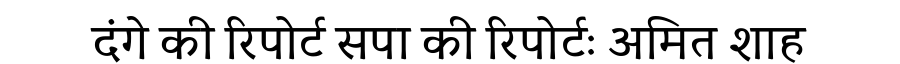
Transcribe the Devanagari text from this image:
दंगे की रिपोर्ट सपा की रिपोर्टः अमित शाह